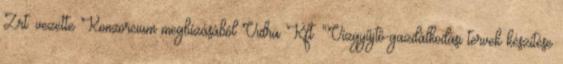
Zrt. vezette Konzorcium megbízásából Vidra Kft. "Vízgyűjtő-gazdálkodási tervek készítése